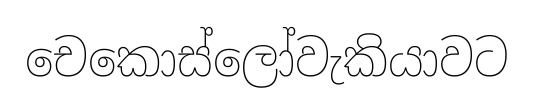
චෙකොස්ලෝවැකියාවට